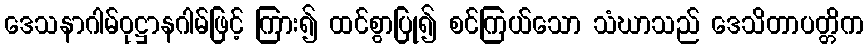
ဒေသနာဂါမ်ဝုဋ္ဌာနဂါမ်ဖြင့် ကြား၍ ထင်စွာပြု၍ စင်ကြယ်သော သံဃာသည် ဒေသိတာပတ္တိက